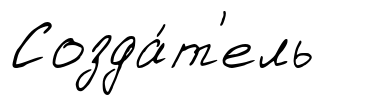
Созда́т'ель